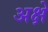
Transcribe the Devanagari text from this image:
अक्षे